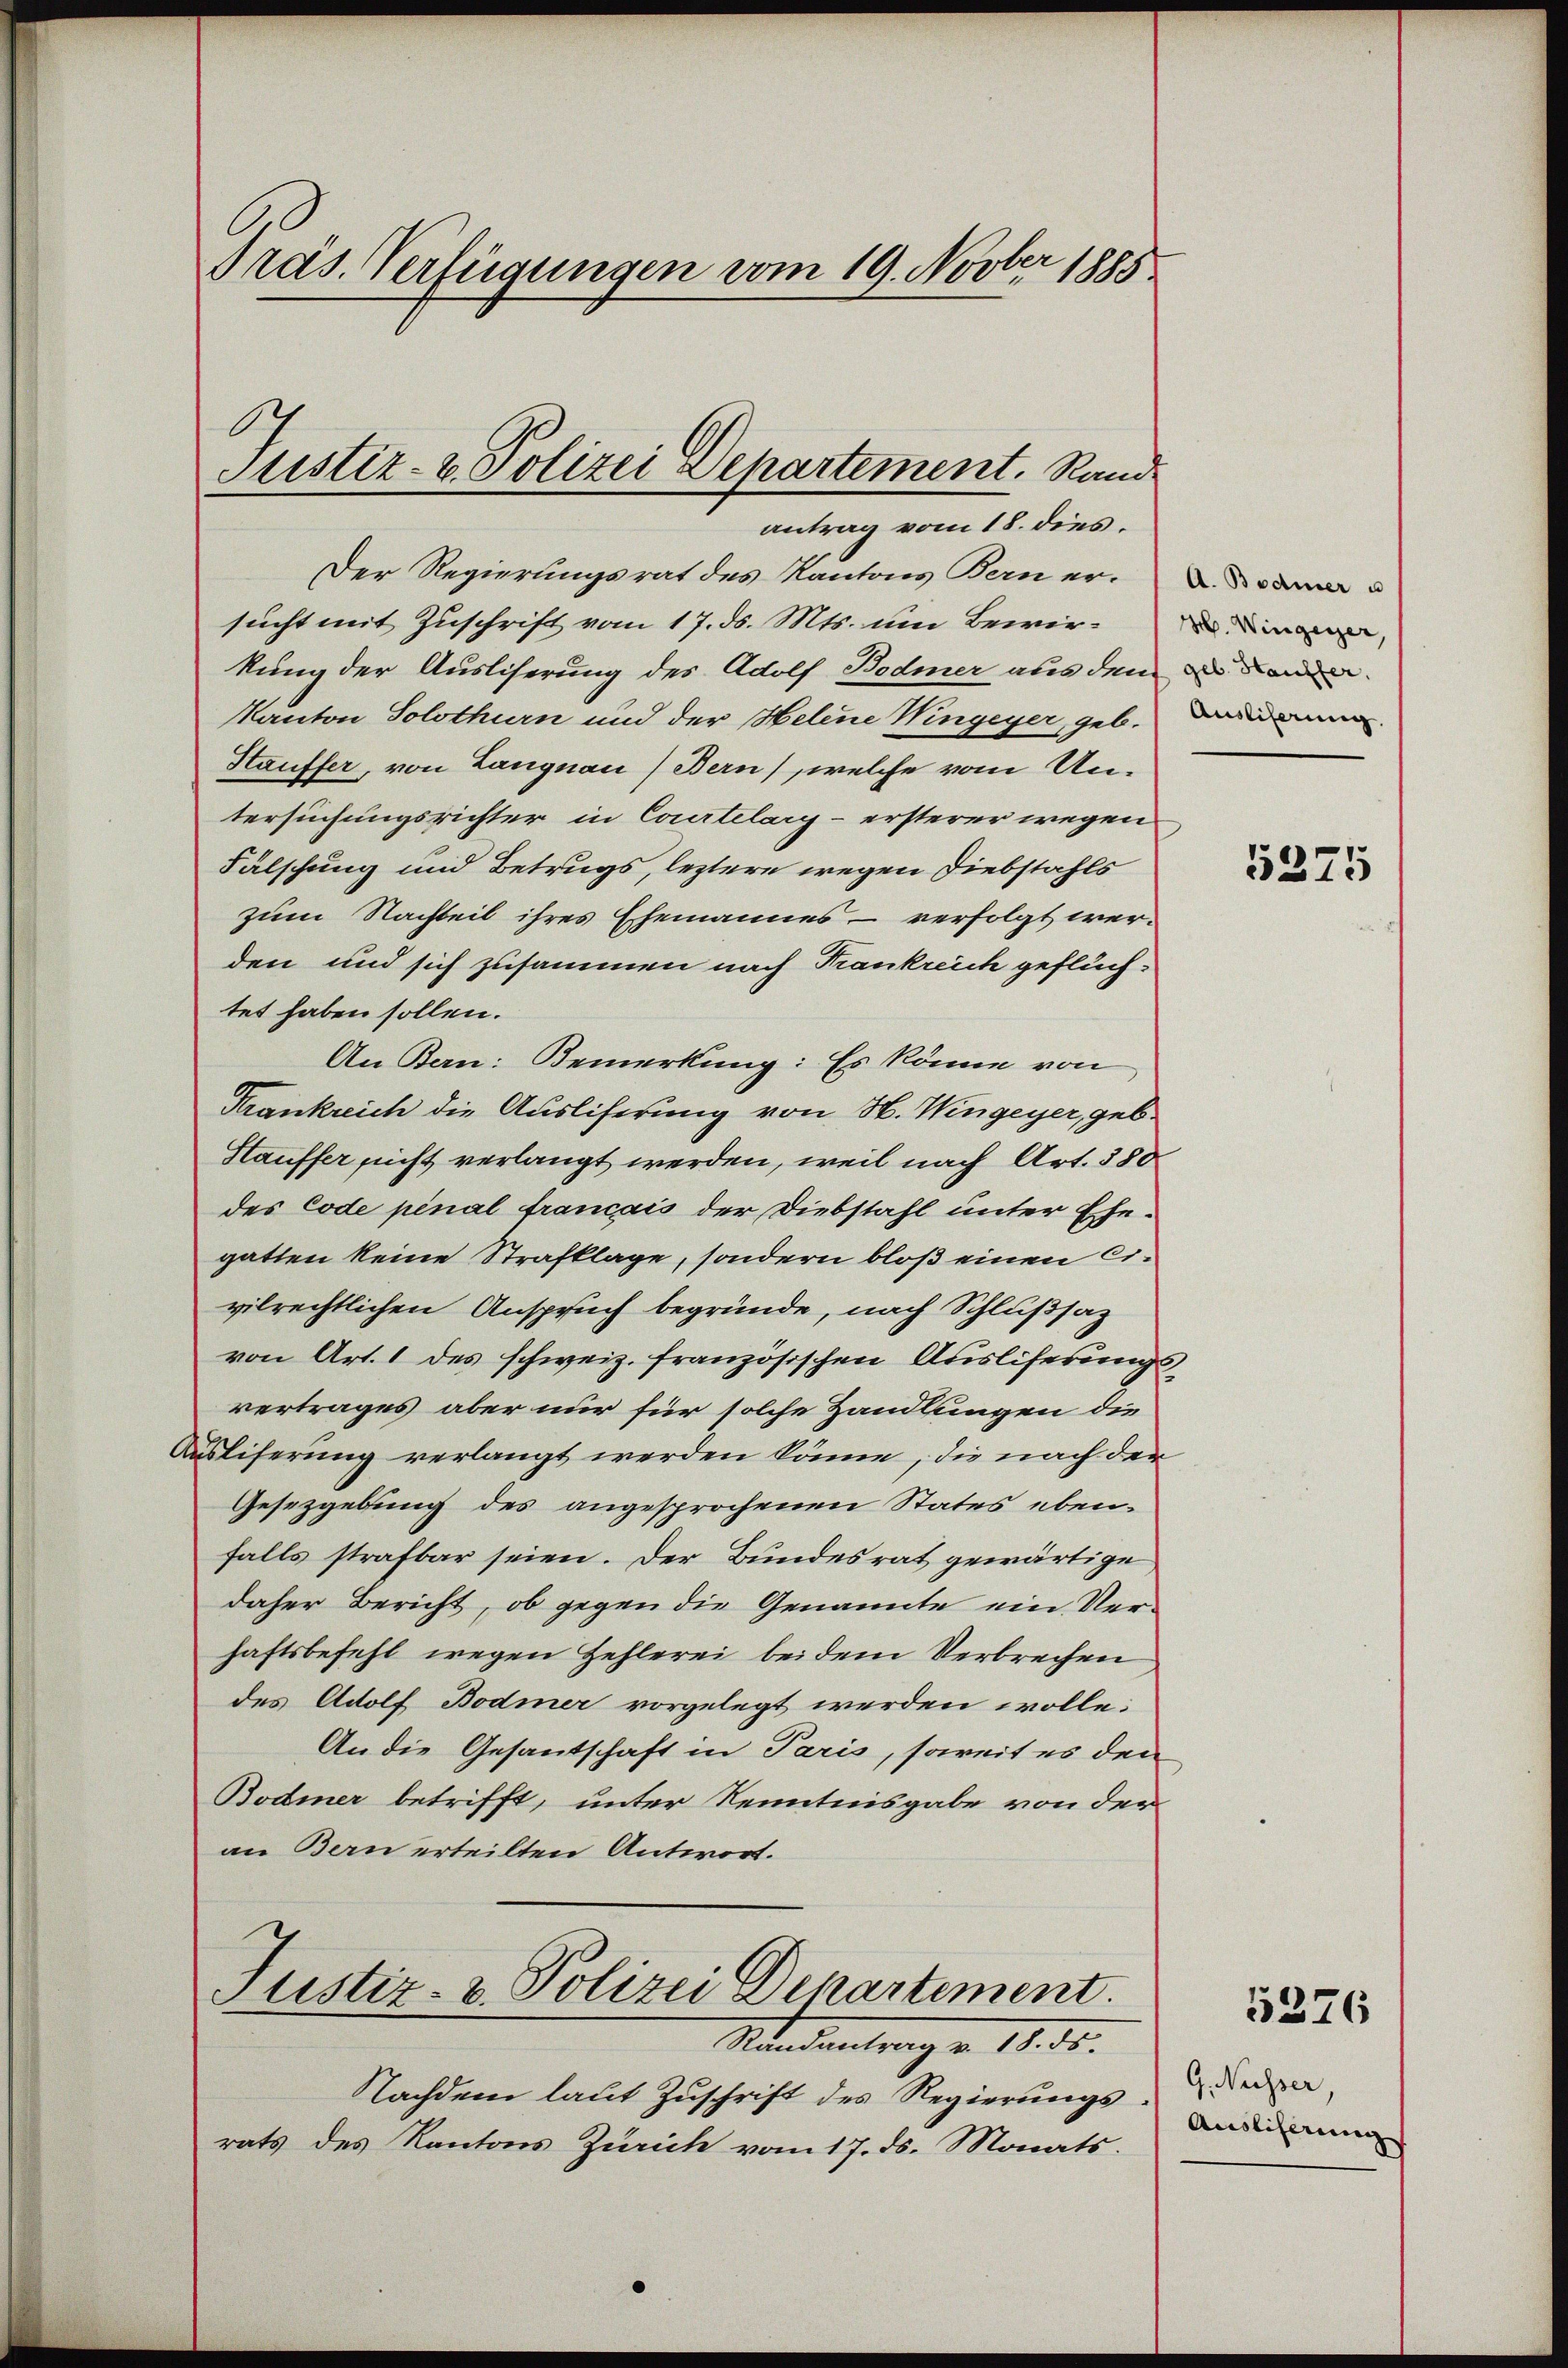
Präs. Verfügungen vom 19. Novber 1885

Der Regierungsrat des Kantons Bern ersucht mit Zuschrift vom 17. ds. Mts. um Bewirkung der Ausliserung des Adolf Bodmer aus dem an den
Kanton Solothurn und der Helene Wingeyer, geb.
Htauffer, von Langnau) Bern), welche vom Untersuchungsrichter in Courtelary- ersterer wegen
Fälschung und Betrugs, leztere wegen Diebstahls
zum Nachteil ihres Ehemannes - verfolgt werden und sich zusammen nach Frankreich geflüchtet haben sollen.
An Bern: Bemerkung: Es könne von
Krankreich die Ausliferung von H. Wingeyer, geb.
Stauffer nicht verlangt werden, weil nach Art. 380
des Code pénal français der Diebstahl unter Ehegatten keine Strafklage, sondern bloß einen Civilrechtlichen Anspruch begründe, nach Schlußsatz
von Art. 1 des schweiz. französischen Ausliferungsvertrages aber nur für solche Handlungen die
Auslieferung verlangt werden könne, die nach der
Gesetzgebung des angesprochenen States ebenfalls strafbar seien. Der Bundesrat gewärtige
daher Bericht, ob gegen die Genannte ein Verhaftsbefehl wegen Zehlerei bei dem Verbrechen
des Adolf Bodmer vorgelegt werden wolle.
An die Gesantschaft in Paris, soweit es den
Bodmer betrifft, unter Kenntnisgabe von der
an Bern erteilten Antwort.
Justiz- & Polizei Departement.
Mandantrag v. 18. ds.
Nachdem laut Zuschrift des Regierungsrats des Kantons Zürich vom 17. ds. Monats

Justiz- u. Polizei Departement. Rand
antrag vom 18. dies

A. Bodmer u
H. Wingerer,
Ausliferung.

5275

5276

G. Nüsser,
Auslisirung